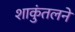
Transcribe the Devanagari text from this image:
शाकुंतलने